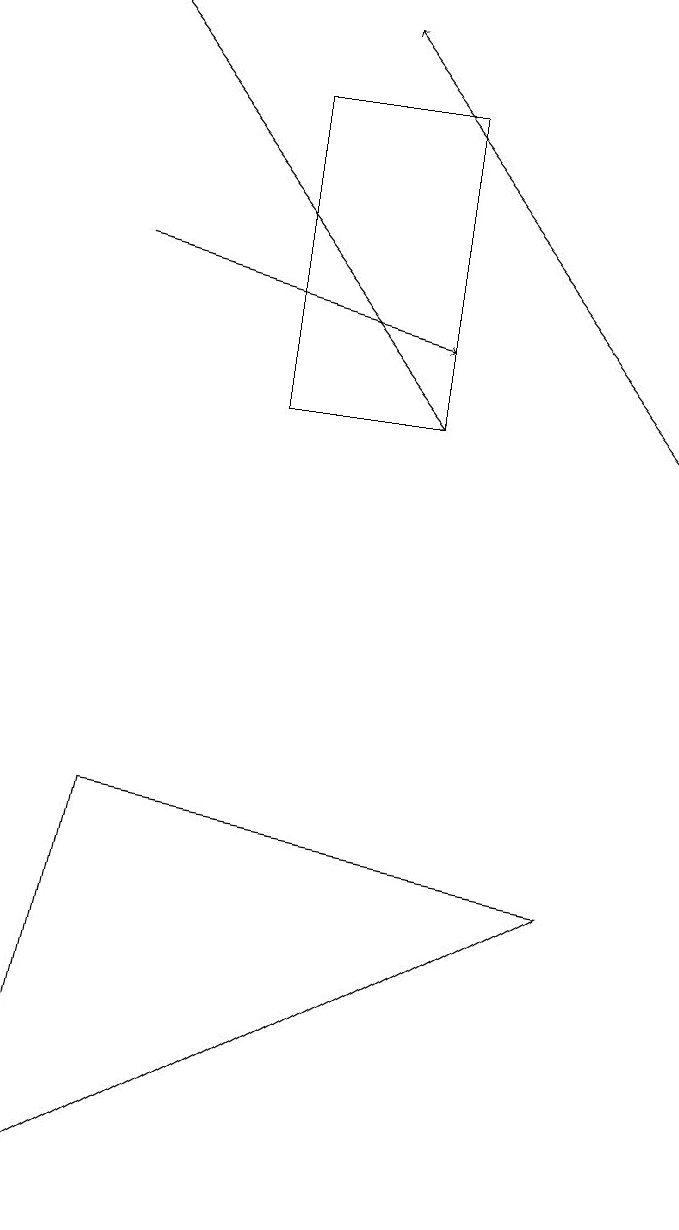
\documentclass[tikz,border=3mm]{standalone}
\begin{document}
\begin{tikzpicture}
\draw[->] (9,11) -- (5,16);
\draw (1,1) -- (2,6) -- (8,5) -- cycle;
\draw[->] (2,13) -- (6,12);
\draw[->] (2,16) -- (6,11);
\draw (6,15) rectangle (4,11);
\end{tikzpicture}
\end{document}